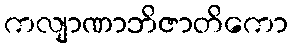
ကလျာဏာဘိဇာတိကော